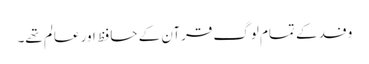
وفد کے تمام لوگ قرآن کے حافظ اور عالم تھے۔